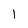
Character: 1